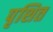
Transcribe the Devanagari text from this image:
पृशित